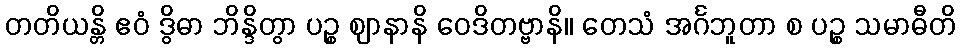
တတိယန္တိ ဧဝံ ဒွိဓာ ဘိန္ဒိတွာ ပဉ္စ ဈာနာနိ ဝေဒိတဗ္ဗာနိ။ တေသံ အင်္ဂဘူတာ စ ပဉ္စ သမာဓီတိ